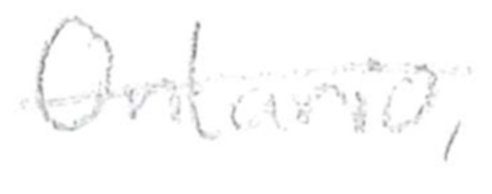
Text: Ontario,
Cross-out: single-line
Writing tool: pencil